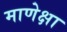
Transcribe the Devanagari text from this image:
माणेक्षा